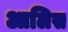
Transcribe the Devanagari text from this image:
आलिस